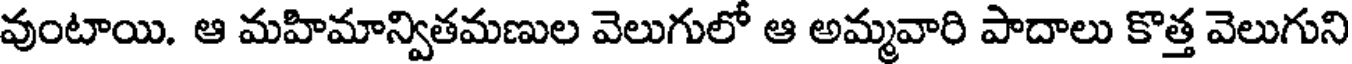
వుంటాయి. ఆ మహిమాన్వితమణుల వెలుగులో ఆ అమ్మవారి పాదాలు కొత్త వెలుగుని